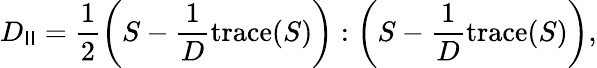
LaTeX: D_{\mathsf{I}\mathsf{I}}=\frac{{1}}{{2}}\left(S-\frac{{1}}{{D}}\mathrm{{trace}}(S)\right):\left(S-\frac{{1}}{{D}}\mathrm{{trace}}(S)\right),